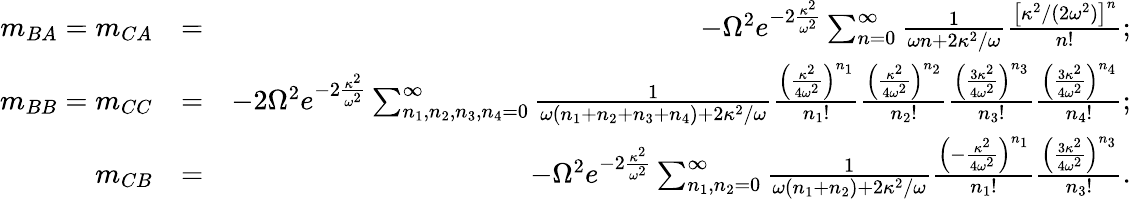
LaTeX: \begin{array}{rlr}{m_{BA}=m_{CA}}&{=}&{-\Omega^{2}e^{-2\frac{\kappa^{2}}{\omega^{2}}}\sum_{n=0}^{\infty}\frac{1}{\omega n+2\kappa^{2}/\omega}\frac{\left[\kappa^{2}/(2\omega^{2})\right]^{n}}{n!};}\\ {m_{BB}=m_{CC}}&{=}&{-2\Omega^{2}e^{-2\frac{\kappa^{2}}{\omega^{2}}}\sum_{n_{1},n_{2},n_{3},n_{4}=0}^{\infty}\frac{1}{\omega(n_{1}+n_{2}+n_{3}+n_{4})+2\kappa^{2}/\omega}\frac{\left(\frac{\kappa^{2}}{4\omega^{2}}\right)^{n_{1}}}{n_{1}!}\frac{\left(\frac{\kappa^{2}}{4\omega^{2}}\right)^{n_{2}}}{n_{2}!}\frac{\left(\frac{3\kappa^{2}}{4\omega^{2}}\right)^{n_{3}}}{n_{3}!}\frac{\left(\frac{3\kappa^{2}}{4\omega^{2}}\right)^{n_{4}}}{n_{4}!};}\\ {m_{CB}}&{=}&{-\Omega^{2}e^{-2\frac{\kappa^{2}}{\omega^{2}}}\sum_{n_{1},n_{2}=0}^{\infty}\frac{1}{\omega(n_{1}+n_{2})+2\kappa^{2}/\omega}\frac{\left(-\frac{\kappa^{2}}{4\omega^{2}}\right)^{n_{1}}}{n_{1}!}\frac{\left(\frac{3\kappa^{2}}{4\omega^{2}}\right)^{n_{3}}}{n_{3}!}.}\end{array}